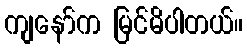
ကျနော်က မြင်မိပါတယ်။